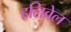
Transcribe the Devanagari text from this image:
हलिवेल